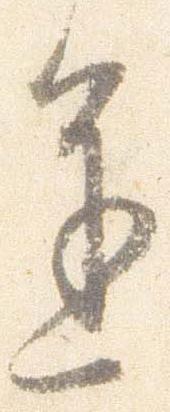
進